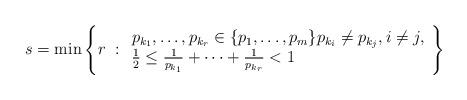
LaTeX: \begin{align*}s=\min\left\{r \ : \begin{array}{l}p_{k_1},\ldots,p_{k_r}\in\{p_1,\ldots,p_m \} p_{k_i}\neq p_{k_j}, i\neq j,\\\frac{1}{2}\leq \frac{1}{p_{k_1}}+\cdots+\frac{1}{p_{k_r}}<1\end{array}\right\}\end{align*}